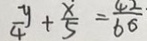
\frac { y } { 4 } + \frac { x } { 5 } = \frac { 4 2 } { 6 6 }